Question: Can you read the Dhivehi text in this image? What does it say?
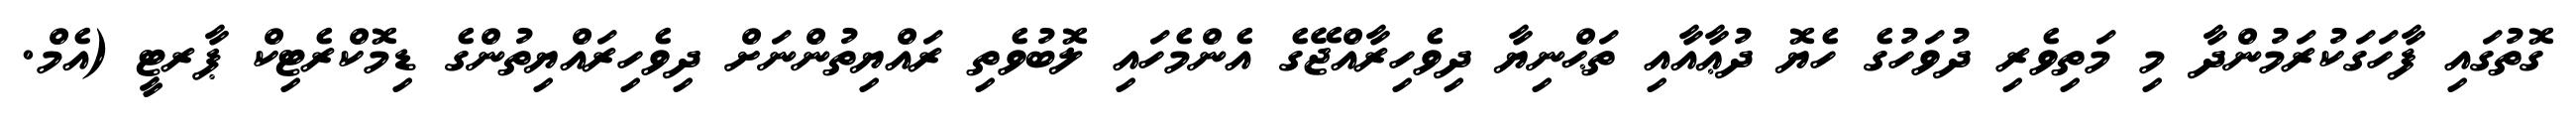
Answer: ގޮތުގައި ފާހަގަކުރަމުންދާ މި މަތިވެރި ދުވަހުގެ ހެޔޮ ދުޢާއާއި ތަޙްނިޔާ ދިވެހިރާއްޖޭގެ އެންމެހައި ލޮބުވެތި ރައްޔިތުންނަށް ދިވެހިރައްޔިތުންގެ ޑިމޮކްރެޓިކް ޕާރޓީ (އެމް.